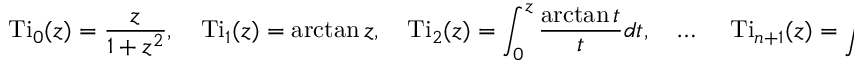
\operatorname { T i } _ { 0 } ( z ) = { \frac { z } { 1 + z ^ { 2 } } } , \quad \operatorname { T i } _ { 1 } ( z ) = \arctan z , \quad \operatorname { T i } _ { 2 } ( z ) = \int _ { 0 } ^ { z } { \frac { \arctan t } { t } } d t , \quad \ldots ~ \quad \operatorname { T i } _ { n + 1 } ( z ) = \int _ { 0 } ^ { z } { \frac { \operatorname { T i } _ { n } ( t ) } { t } } d t ,